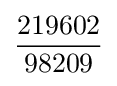
{\frac {219602}{98209}}